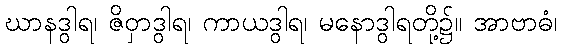
ဃာနဒွါရ၊ ဇိဝှာဒွါရ၊ ကာယဒွါရ၊ မနောဒွါရတို့၌။ အာဗာဓံ၊